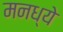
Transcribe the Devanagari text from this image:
मनध्ये